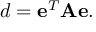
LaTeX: d = \mathbf { e } ^ { T } \mathbf { A } \mathbf { e } .